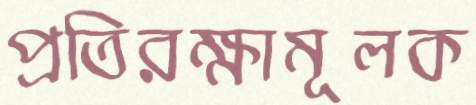
প্রতিরক্ষামূলক